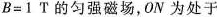
$$B = 1$$T的匀强磁场，ON为处于